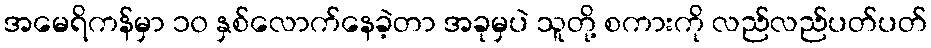
အမေရိကန်မှာ ၁၀ နှစ်လောက်နေခဲ့တာ အခုမှပဲ သူတို့ စကားကို လည်လည်ပတ်ပတ်